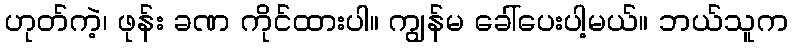
ဟုတ်ကဲ့၊ ဖုန်း ခဏ ကိုင်ထားပါ။ ကျွန်မ ခေါ်ပေးပါ့မယ်။ ဘယ်သူက